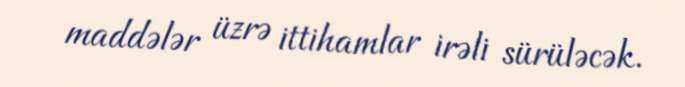
maddələr üzrə ittihamlar irəli sürüləcək.